Leaving Certificate Examination, 1914
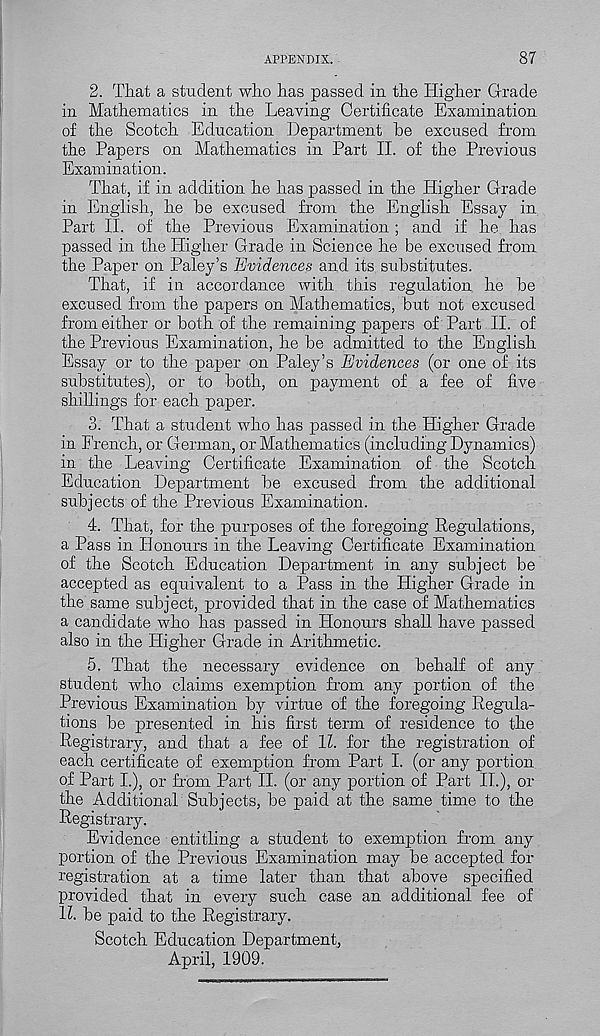
APPENDIX.
87
2. That a student who has passed in the Higher Grade
in Mathematics in the Leaving Certificate Examination
of the Scotch Education Department be excused from
the Papers on Mathematics in Part II. of the Previous
Examination.
That, if in addition he has passed in the Higher Grade
in English, he be excused from the English Essay in
Part II. of the Previous Examination; and if he has
passed in the Higher Grade in Science he be excused from
the Paper on Paley’s Evidences and its substitutes.
That, if in accordance with this regulation he be
excused from the papers on Mathematics, but not excused
from either or both of the remaining papers of Part II. of
the Previous Examination, he be admitted to the English
Essay or to the paper on Paley’s Evidences (or one of its
substitutes), or to both, on payment of a fee of five
shillings for each paper.
3. That a student who has passed in the Higher Grade
in French, or German, or Mathematics (including Dynamics)
in the Leaving Certificate Examination of the Scotch
Education Department be excused from the additional
subjects of the Previous Examination.
4. That, for the purposes of the foregoing Regulations,
a Pass in Honours in the Leaving Certificate Examination
of the Scotch Education Department in any subject be
accepted as equivalent to a Pass in the Higher Grade in
the same subject, provided that in the case of Mathematics
a candidate who has passed in Honours shall have passed
also in the Higher Grade in Arithmetic.
5. That the necessary evidence on behalf of any
student who claims exemption from any portion of the
Previous Examination by virtue of the foregoing Regula-
tions be presented in his first term of residence to the
Registrary, and that a fee of 11. for the registration of
each certificate of exemption from Part I. (or any portion
of Part I.), or from Part II. (or any portion of Part II.), or
the Additional Subjects, be paid at the same time to the
Registrary.
Evidence entitling a student to exemption from any
portion of the Previous Examination may be accepted for
registration at a time later than that above specified
provided that in every such case an additional fee of
H. be paid to the Registrary.
Scotch Education Department,
April, 1909.